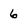
Character: 6